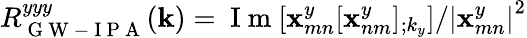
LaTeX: R_{\mathrm{~G~W~-~I~P~A~}}^{yyy}(\textbf{k})={\mathrm{~I~m~}}[\textbf{x}_{mn}^{y}[\textbf{x}_{nm}^{y}]_{;k_{y}}]/\left|\textbf{x}_{mn}^{y}\right|^{2}